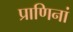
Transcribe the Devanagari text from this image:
प्राणिनां